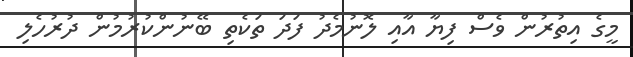
މީގެ އިތުރުން ވެސް ފިޔާ އާއި ލޮނުމެދު ފަދަ ތަކެތި ބޭނުންކުރުމުން ދުރުހެލި